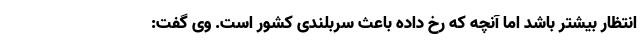
انتظار بیشتر باشد اما آنچه که رخ داده باعث سربلندی کشور است. وی گفت: